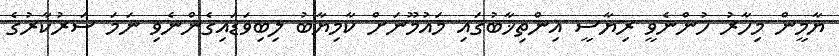
ޔާމީން މިހާރު ހުންނެވީ ރިޔާސީ އިންތިޚާބުގައި މައުމޫނަށް ކާމިޔާބު ލިބިވަޑައިގެންނެވި ނަމަ ސަރުކާރުގެ